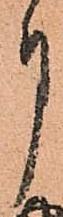
月